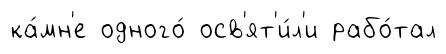
ка́мн'е одного́ осв'ят'и́л'и рабо́тал